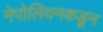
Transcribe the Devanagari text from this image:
नेपोलियनकडून